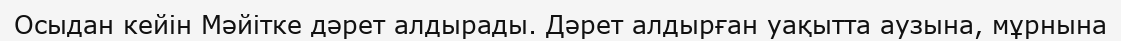
Осыдан кейін Мәйітке дәрет алдырады. Дәрет алдырған уақытта аузына, мұрнына